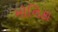
મોનિકા